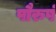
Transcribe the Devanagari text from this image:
पौरुषं